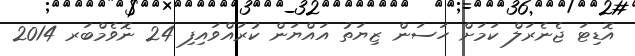
އޮޑިޓަ ޖެނެރަލް ކަމަށް ހަސަން ޒިޔަތު އައްޔަން ކުރައްވައިފި 24 ނޮވެމްބަރ 2014